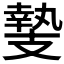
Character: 𭣛